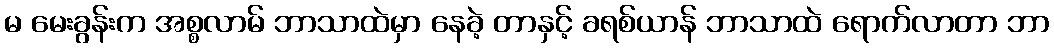
မ မေးခွန်းက အစ္စလာမ် ဘာသာထဲမှာ နေခဲ့ တာနှင့် ခရစ်ယာန် ဘာသာထဲ ရောက်လာတာ ဘာ